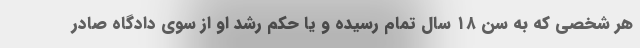
هر شخصی که به سن ۱۸ سال تمام رسیده و یا حکم رشد او از سوی دادگاه صادر